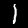
Digit: 1